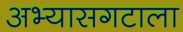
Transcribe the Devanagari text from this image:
अभ्यासगटाला